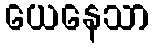
ယေနေသာ